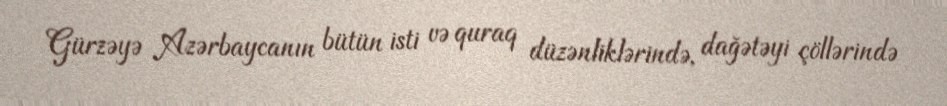
Gürzəyə Azərbaycanın bütün isti və quraq düzənliklərində, dağətəyi çöllərində